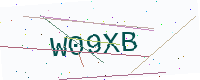
Text: W09XB